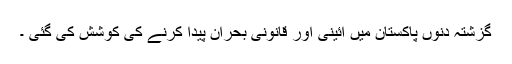
گزشتہ دنوں پاکستان میں آئینی اور قانونی بحران پیدا کرنے کی کوشش کی گئی ۔